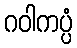
ဂဝါကပ္ပံ